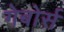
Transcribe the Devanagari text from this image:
गेबोर्स